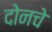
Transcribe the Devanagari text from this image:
दोनचे